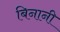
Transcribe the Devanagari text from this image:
बिनानी